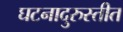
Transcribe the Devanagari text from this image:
घटनादुरुस्तीत